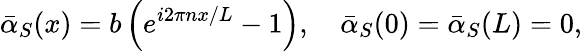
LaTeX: {\bar{\alpha}}_{S}(x)=b\left(e^{i2\pi nx/L}-1\right),\quad{\bar{\alpha}}_{S}(0)={\bar{\alpha}}_{S}(L)=0,